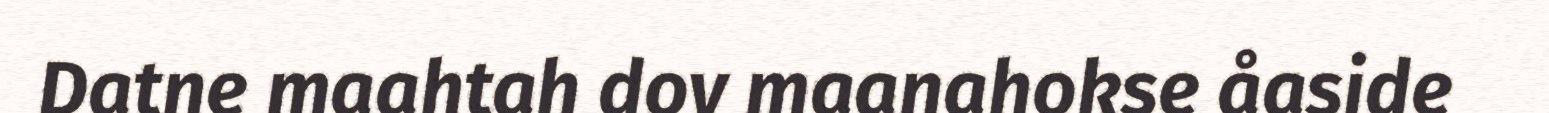
Datne maahtah dov maanahokse åaside